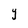
Character: Y